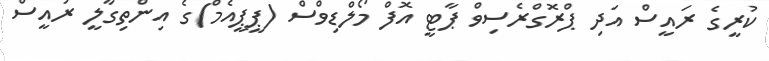
ކުރީގެ ރައީސް އަދި ޕްރޮގްރެސިވް ޕާޓީ އޮފް މޯލްޑިވްސް (ޕީޕީއެމް)ގެ އިންތިގާލީ ރައީސް